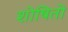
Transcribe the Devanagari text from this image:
शोषितो